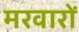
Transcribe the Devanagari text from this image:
मरवारों